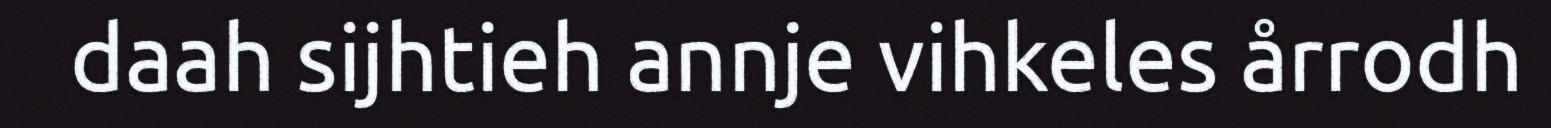
daah sijhtieh annje vihkeles årrodh